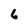
Character: 6